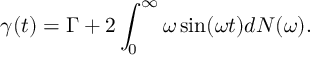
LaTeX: \gamma ( t ) = \Gamma + 2 \int _ { 0 } ^ { \infty } \omega \sin ( \omega t ) d N ( \omega ) .